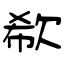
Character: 欷